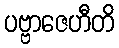
ပဗ္ဗာဇေဟီတိ